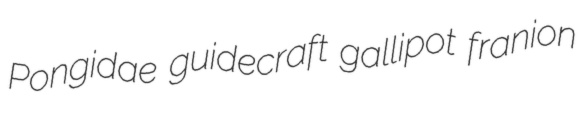
Pongidae guidecraft gallipot franion